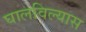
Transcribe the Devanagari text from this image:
घालविल्यास